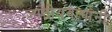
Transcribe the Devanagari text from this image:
जातीयवाद्यांनी